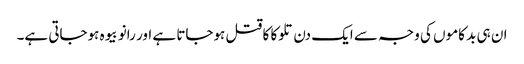
ان ہی بد کاموں کی وجہ سے ایک دن تلوکا کا قتل ہوجاتا ہے اور رانو بیوہ ہوجاتی ہے۔